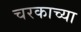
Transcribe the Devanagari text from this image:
चरकाच्या